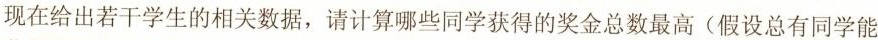
现在给出若干学生的相关数据，请计算哪些同学获得的奖金总数最高(假设总有同学能